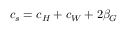
c _ { s } = c _ { H } + c _ { W } + 2 \beta _ { G }